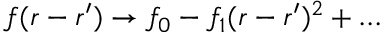
f ( r - r ^ { \prime } ) \rightarrow f _ { 0 } - f _ { 1 } ( r - r ^ { \prime } ) ^ { 2 } + \dots